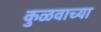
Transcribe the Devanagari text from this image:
कुळवाच्या